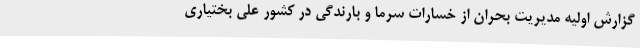
گزارش اولیه مدیریت بحران از خسارات سرما و بارندگی در کشور علی بختیاری